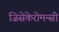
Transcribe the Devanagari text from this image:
जिसेकेरोमन्सी